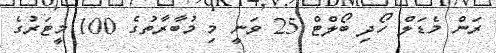
ރަން މެޑަލް ހޯދި ބޯލްޓް 25 ވަނީ މި މުބާރާތުގެ 100 މީޓަރުގެ